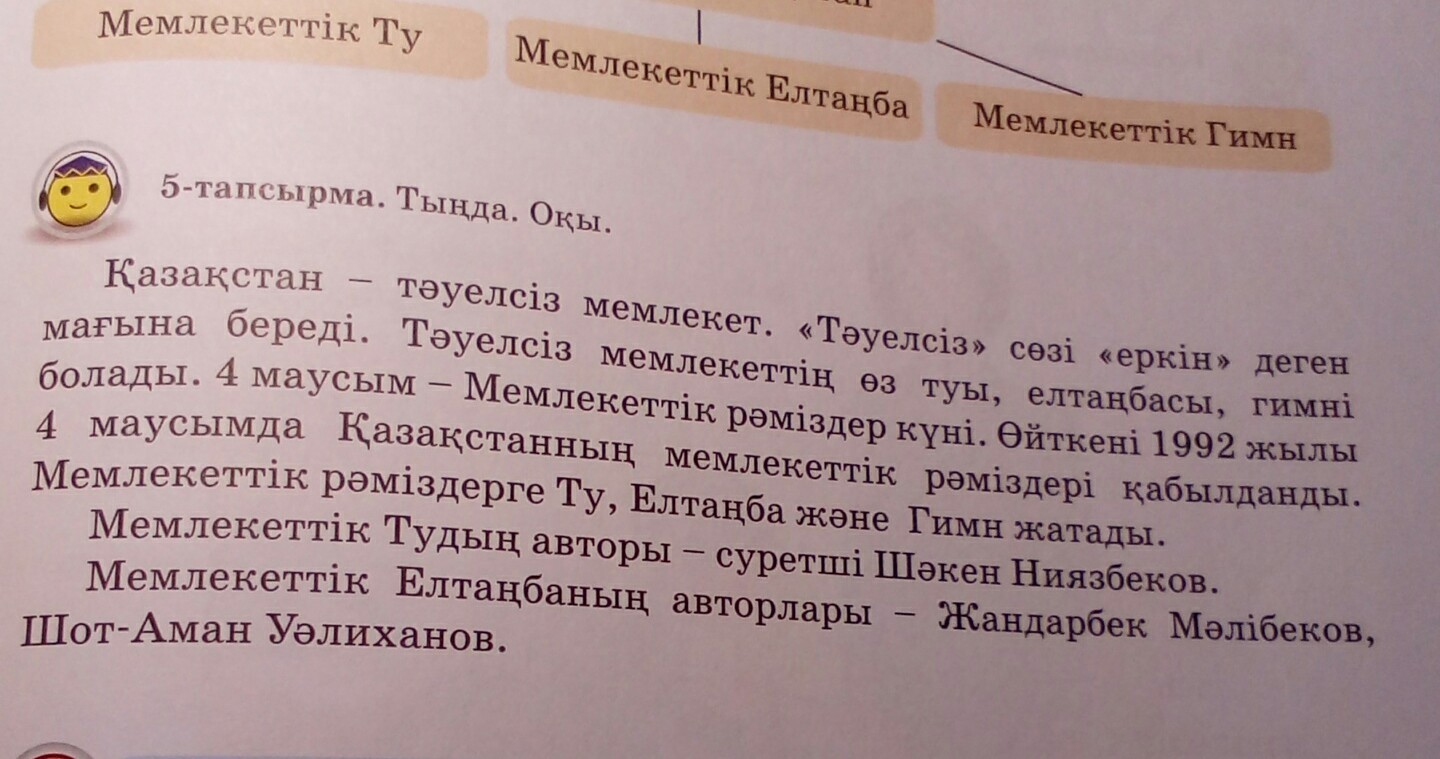
Language: kk